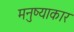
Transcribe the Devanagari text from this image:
मनुष्याकार